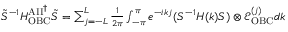
\begin{array} { r } { \tilde { S } ^ { - 1 } H _ { \mathrm { O B C } } ^ { \mathrm { A I I } ^ { \dag } } \tilde { S } = \sum _ { j = - L } ^ { L } \frac { 1 } { 2 \pi } \int _ { - \pi } ^ { \pi } e ^ { - i k j } ( S ^ { - 1 } H ( k ) S ) \otimes \mathcal { E } _ { \mathrm { O B C } } ^ { ( j ) } d k } \end{array}